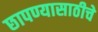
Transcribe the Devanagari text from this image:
छापण्यासाठीचे